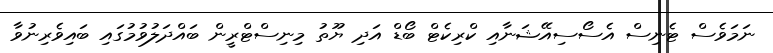
ނަމަވެސް ޓެނިސް އެސޯސިއޭޝަނާއި ކްރިކެޓް ބޯޑް އަދި ޔޫތު މިނިސްޓްރީން ބައްދަލުވުމުގައި ބައިވެރިނުވާ